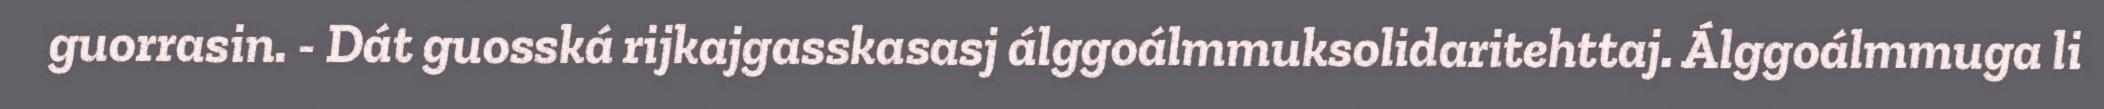
guorrasin. - Dát guosská rijkajgasskasasj álggoálmmuksolidaritehttaj. Álggoálmmuga li